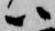
ハ